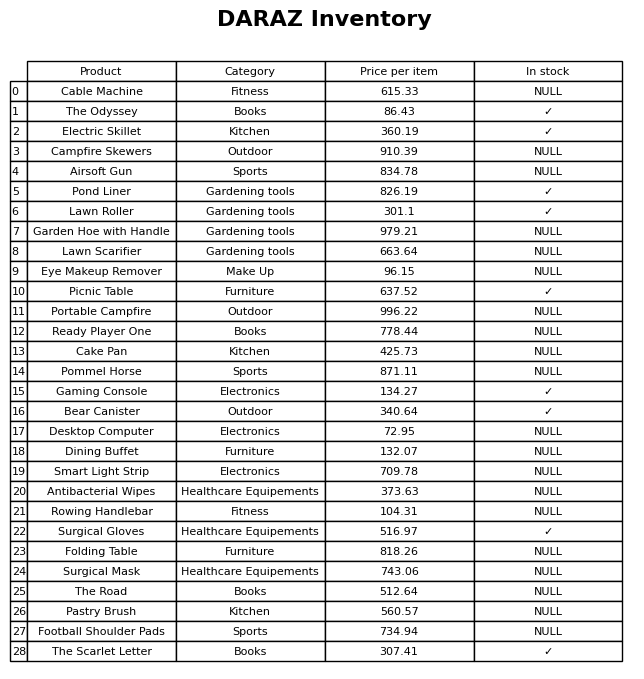
question: What is the price of the The Scarlet Letter?
answer: The price of The Scarlet Letter is 307.41.